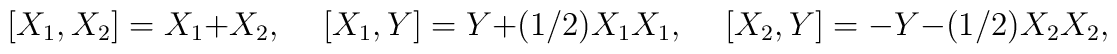
[ X_1, X_2 ] = X_1 + X_2, \rule{0.5cm}{0cm}   [ X_1, Y ] =  Y + (1/2) X_1  X_1, \rule{0.5cm}{0cm}   [ X_2, Y ] = -Y - (1/2) X_2  X_2,